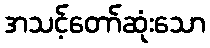
အသင့်တော်ဆုံးသော